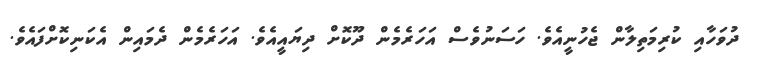
ދުވަހާއި ކުރިމަތިލާން ޖެހުނީއެވެ. ހަސަނުވެސް އަހަރެމެން ދޫކޮށް ދިޔައީއެވެ. އަހަރެމެން ދެމައިން އެކަނިކޮށްފައެވެ.